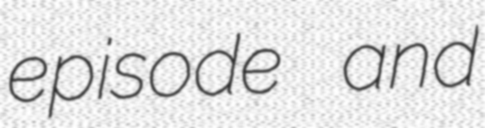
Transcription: episode and